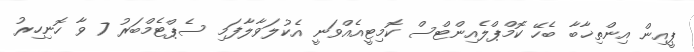
ޕީއިން އިންތިޚާބާ ބެހޭ ކޮމްޕްލެއިންޓްސް ކޮމިޓީއެއްވަނީ އެކުލަވާލާފަމި ސެޕްޓެމްބަރު 7 ވާ ހޮނިހިރު